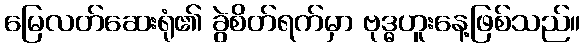
မြေလတ်ဆေးရုံ၏ ခွဲစိတ်ရက်မှာ ဗုဒ္ဓဟူးနေ့ဖြစ်သည်။